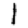
Digit: 1